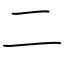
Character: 二